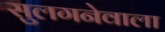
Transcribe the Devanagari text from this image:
सुलगनेवाला